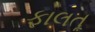
ફાલતૂ